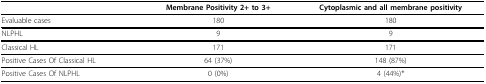
<table><thead><tr><td></td><td><b>Membrane Positivity 2+ to 3+</b></td><td><b>Cytoplasmic and all membrane positivity</b></td></tr></thead><tbody><tr><td>Evaluable cases</td><td>180</td><td>180</td></tr><tr><td>NLPHL</td><td>9</td><td>9</td></tr><tr><td>Classical HL</td><td>171</td><td>171</td></tr><tr><td>Positive Cases Of Classical HL</td><td>64 (37%)</td><td>148 (87%)</td></tr><tr><td>Positive Cases Of NLPHL</td><td>0 (0%)</td><td>4 (44%)*</td></tr></tbody></table>